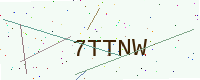
Text: 7TTNW